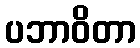
ပဘာဝိတာ